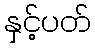
နှင့်ပတ်